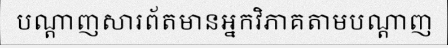
បណ្តាញសារព័តមានអ្នកវិភាគតាមបណ្តាញ